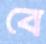
বে